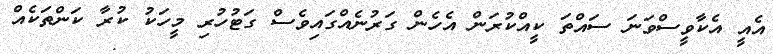
އެއީ އެކާވީސްވަނަ ސައްތަ ކީއްކުރަން އެހެން ގަރުނެއްގައިވެސް ގަޓުހުރި މީހަކު ކުރާ ކަންތަކެއް